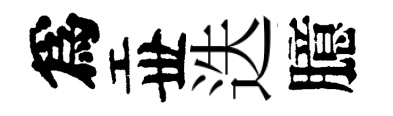
爲丗迭臆